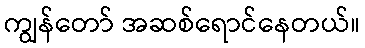
ကျွန်တော် အဆစ်ရောင်နေတယ်။